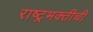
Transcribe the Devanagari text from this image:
राष्ट्रभक्तीची